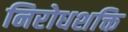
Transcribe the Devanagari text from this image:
निरोधशक्ति